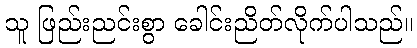
သူ ဖြည်းညင်းစွာ ခေါင်းညိတ်လိုက်ပါသည်။